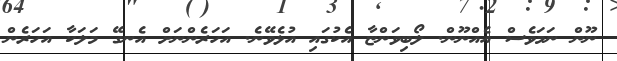
ނޫން ނަމަވެސް އެއްނޫން. ލޯބިވަންޏާ އެކުގައި އުޅެވޭނެ. އަހަރެންނަށް އެނގޭ މަލަކާ އަހަރެން